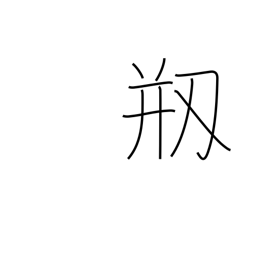
Meaning: be damaged